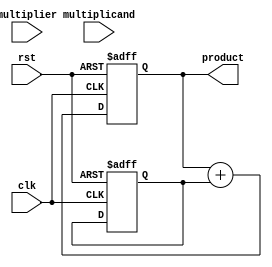
module systolic_multiplier #(parameter M = 4, // number of bits in multiplicand
                                         N = 4  // number of bits in multiplier
                             )
                            (
                                input wire clk,
                                input wire rst,
                                input wire [M-1:0] multiplicand, // Input multiplicand
                                input wire [N-1:0] multiplier,    // Input multiplier
                                output reg [M+N-1:0] product      // Output product
                            );

    // Processing Element (PE) Structure
    reg [M-1:0] a [0:N-1]; // rows for multiplicand
    reg [N-1:0] b [0:M-1]; // columns for multiplier
    reg [M+N-1:0] temp_sum [0:M+N-2]; // Temporary sums for final product

    // Initialize the rows and columns
    integer i, j;

    always @(posedge clk or posedge rst) begin
        if (rst) begin
            // Reset the registers
            for (i = 0; i < N; i = i + 1)
                a[i] <= 0;

            for (j = 0; j < M; j = j + 1)
                b[j] <= 0;

            for (i = 0; i < (M + N - 1); i = i + 1)
                temp_sum[i] <= 0;

            product <= 0;
        end else begin
            // Load data into processing elements
            a[0] <= multiplicand; // Load multiplicand into the first row
            for (i = 0; i < N; i = i + 1) begin
                b[i] <= multiplier[i]; // Load multiplier into columns
            end
            
            // Systolic operation for PE array
            for (i = 0; i < N; i = i + 1) begin
                for (j = 0; j < M; j = j + 1) begin
                    if (i == 0) begin
                        // First row: Calculate first partial product
                        temp_sum[j] <= a[i] & {M{b[j][0]}};
                    end else begin
                        // Compute based on previous output
                        temp_sum[j] <= temp_sum[j] + (a[i] & {M{b[j][i]}});
                    end
                end
            end

            // Accumulate results to form final product
            product <= 0;
            for (i = 0; i < (M + N - 1); i = i + 1) begin
                product <= product + temp_sum[i];
            end
        end
    end
endmodule